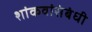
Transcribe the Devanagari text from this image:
शांकवांसंबंधी